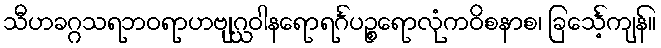
သီဟခဂ္ဂသရဘဝရာဟဗျဂ္ဃဝါနရောရင်္ဂပဉ္စရောလုံကဝိစနာစ၊ ခြင်္သေ့ကျန်။